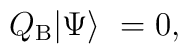
Q_{\rm B} | \Psi \rangle \ = 0,